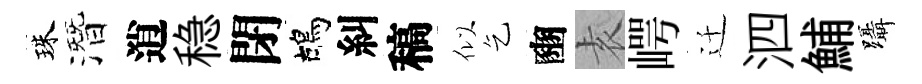
珠潛逍稳閉鴣糾稿似乞豳𡊮崿迁泗鯆躡